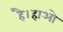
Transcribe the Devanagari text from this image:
है।हाओ